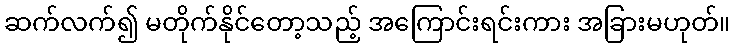
ဆက်လက်၍ မတိုက်နိုင်တော့သည့် အကြောင်းရင်းကား အခြားမဟုတ်။